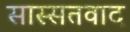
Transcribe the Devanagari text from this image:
सास्सतवाद